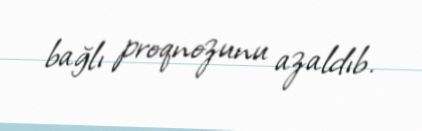
bağlı proqnozunu azaldıb.